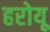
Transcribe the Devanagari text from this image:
हरोयू